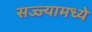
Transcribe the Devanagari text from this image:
सज्ज्यामध्ये